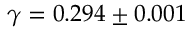
\gamma = 0 . 2 9 4 \pm 0 . 0 0 1